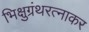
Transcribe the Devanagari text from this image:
भिक्षुग्रंथरत्नाकर